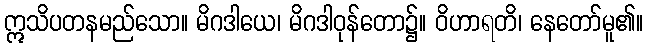
ဣသိပတနမည်သော။ မိဂဒါယေ၊ မိဂဒါဝုန်တော၌။ ဝိဟာရတိ၊ နေတော်မူ၏။